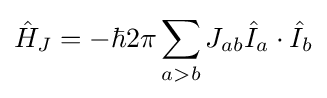
{\hat {H}}_{J}=-\hbar 2\pi \sum _{a>b}J_{ab}{\hat {I}}_{a}\cdot {\hat {I}}_{b}